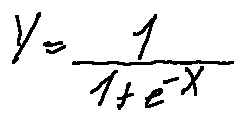
Y = \frac { 1 } { 1 + e ^ { - X } }